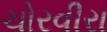
ચોરવીરા